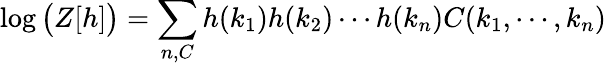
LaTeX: \log{\big(}Z[h]{\big)}=\sum_{n,C}h(k_{1})h(k_{2})\cdots h(k_{n})C(k_{1},\cdots,k_{n})